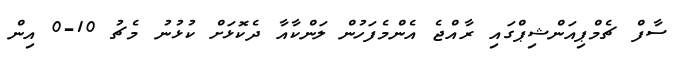
ސާފް ޗެމްޕިއަންޝިޕްގައި ރާއްޖެ އެންމެފަހުން ލަންކާއާ ދެކޮޅަށް ކުޅުނު މެޗު 10-0 އިން